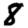
Digit: 8